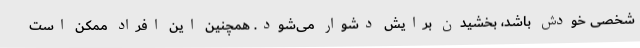
شخصی خودش باشد، بخشیدن برایش دشوار می‌شود. همچنین این افراد ممکن است